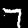
Digit: 7